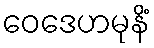
ဝေဒေဟမုနိံ